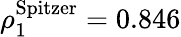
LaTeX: \rho_{1}^{\mathrm{Spitzer}}=0.846